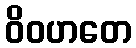
ဝိဝဟတေ